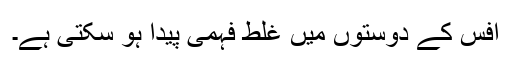
آفس کے دوستوں میں غلط فہمی پیدا ہو سکتی ہے۔